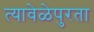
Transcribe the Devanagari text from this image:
त्यावेळेपुरता